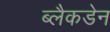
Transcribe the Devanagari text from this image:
ब्लैकडेन